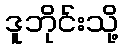
ဒူဘိုင်းသို့